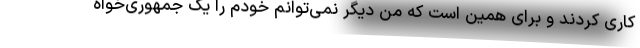
کاری کردند و برای همین است که من دیگر نمی‌توانم خودم را یک جمهوری‌خواه